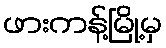
ဖားကန့်မြို့မှ